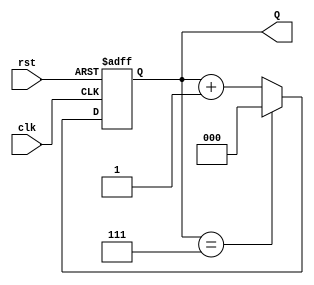
module binary_up_counter #(
    parameter N = 3 // Number of bits for the counter
)(
    input wire clk,      // Clock input
    input wire rst,      // Asynchronous reset input
    output reg [N-1:0] Q // Counter output
);

// State register (counter)
always @(posedge clk or posedge rst) begin
    if (rst) begin
        // Asynchronous reset: set the counter to 0
        Q <= 0;
    end else begin
        // Increment logic with wrapping around
        if (Q == (2**N - 1)) begin
            Q <= 0;  // Wrap around to 0
        end else begin
            Q <= Q + 1; // Increment the counter
        end
    end
end

endmodule